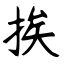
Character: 挨